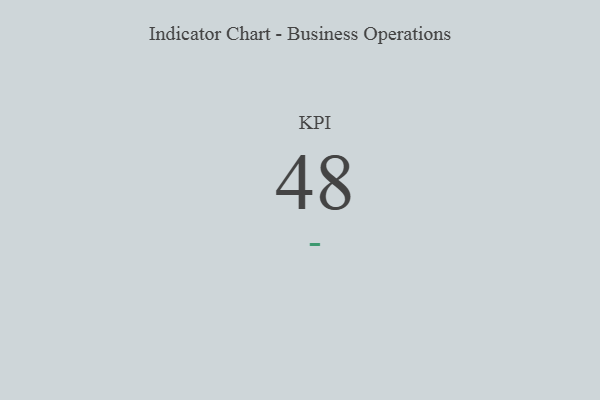
{"axis": {"x": "KPI", "y": "Value"}, "legend": [""], "data": [{"x": "KPI", "y": 48, "type": ""}]}